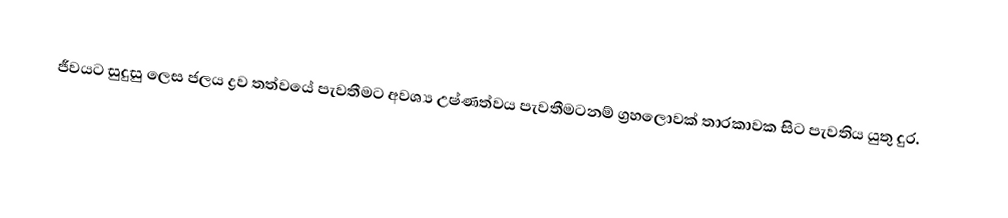
ජීවයට සුදුසු ලෙස ජලය ද්‍රව තත්වයේ පැවතීමට අවශ්‍ය උෂ්ණත්වය පැවතීමටනම් ග්‍රහලොවක් තාරකාවක සිට පැවතිය යුතු දුර.